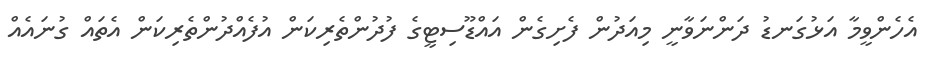
އެހެންވީމާ އަޅުގަނޑު ދަންނަވާނީ މިއަދުން ފެށިގެން އައްޑޫސިޓީގެ ފުދުންތެރިކަން އުފެއްދުންތެރިކަން އެތައް ގުނައެއް